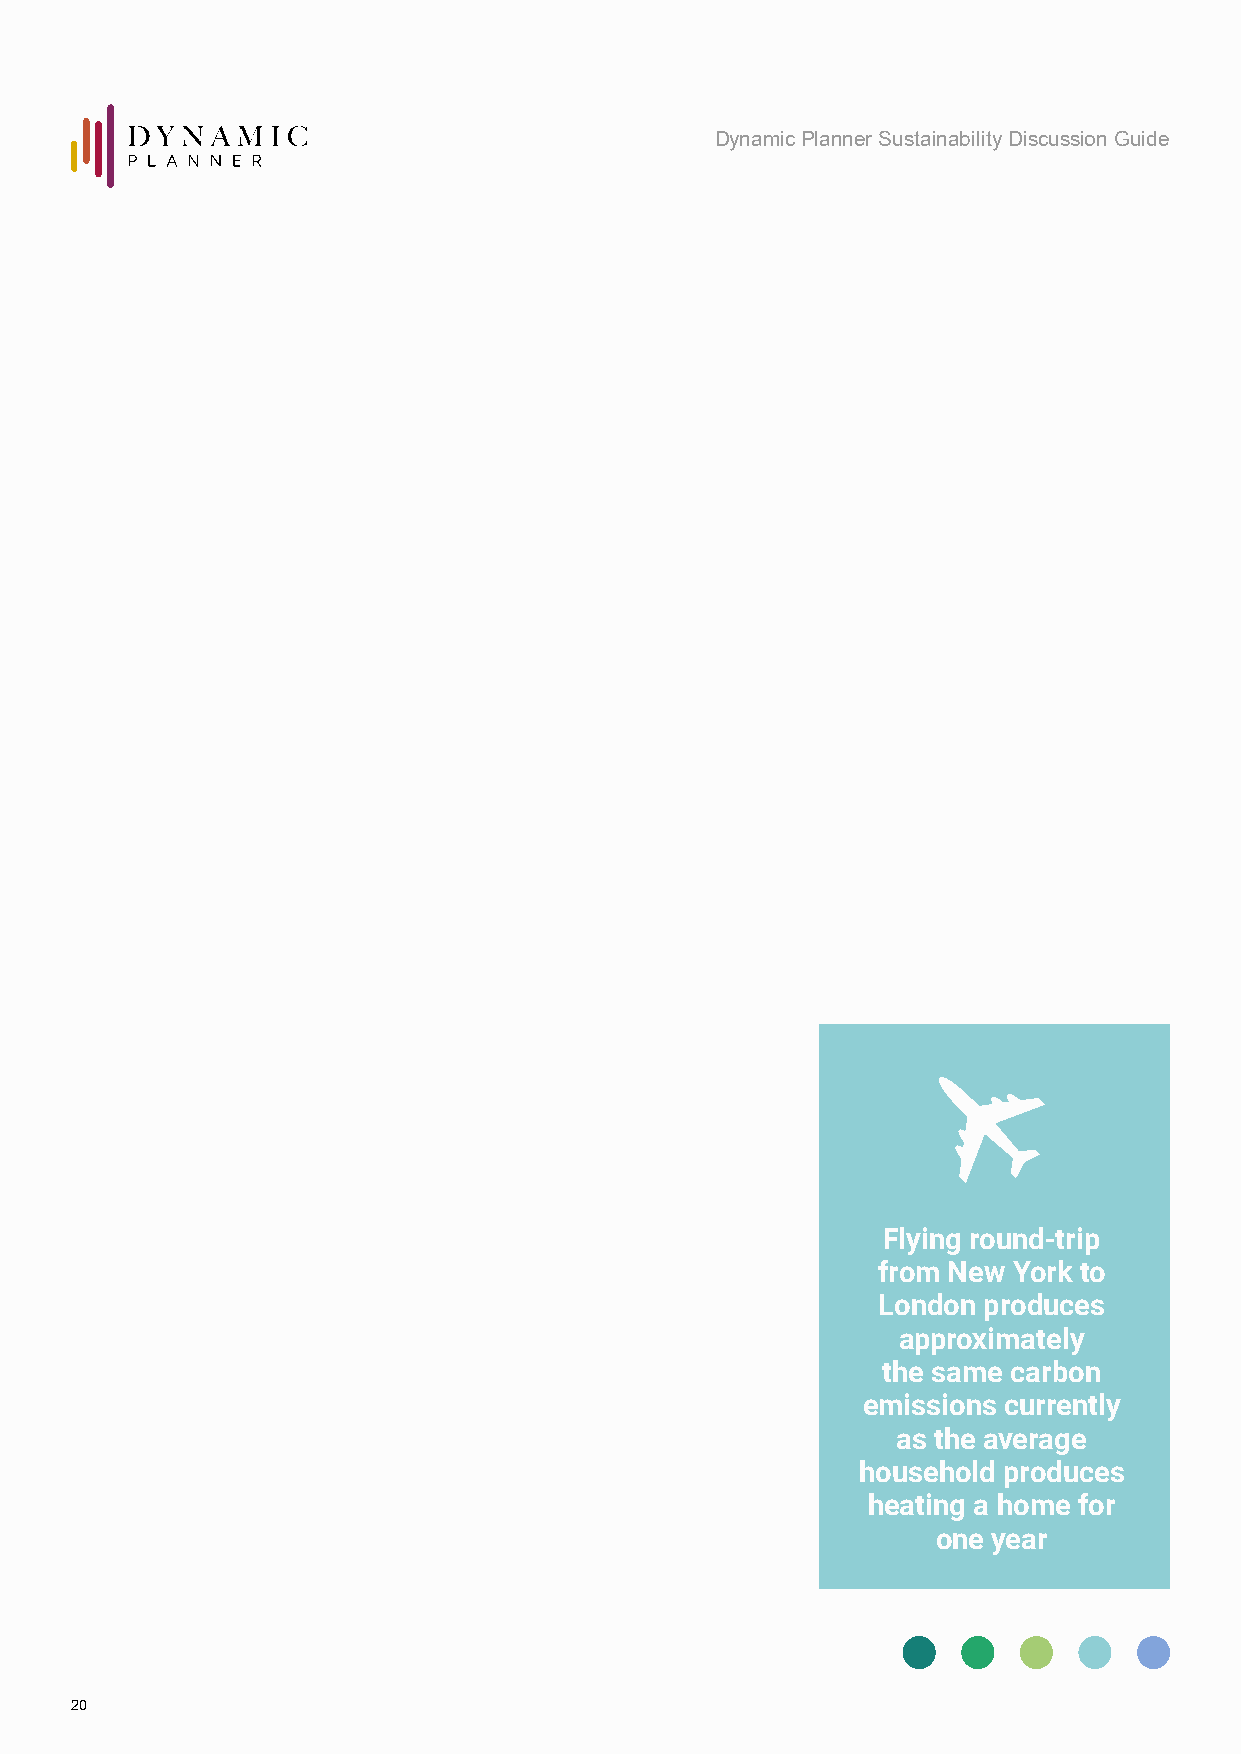
Dynamic Planner Sustainability Discussion Guide
 Flying round-trip
 from New York to
 London produces
 approximately
 the same carbon
 emissions currently
 as the average
 household produces
 heating a home for
 one year
 20